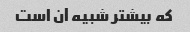
که بیشتر شبیه آن است